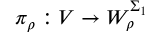
\pi _ { \rho } : V \to W _ { \rho } ^ { \Sigma _ { 1 } }